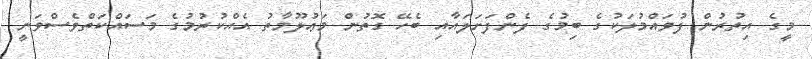
މީގެ އިތުރުން ފުވައްމުލަކުގެ ބިމުގެ ފެންފަށަލައާއި ބެހޭ ގޮތުން މަޢުލޫމާތު އެއްކުރުމުގެ މަސައްކަތްވެސްވަނީ